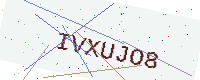
Text: IVXUJO8